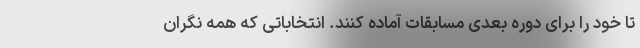
تا خود را برای دوره بعدی مسابقات آماده کنند. انتخاباتی که همه نگران